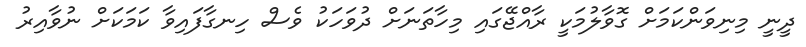
ދީނީ މިނިވަންކަމަށް ގޮވާލުމަކީ ރާއްޖޭގައި މިހާތަނަށް ދުވަހަކު ވެސް ހިނގާފައިވާ ކަމަކަށް ނުވާއިރު